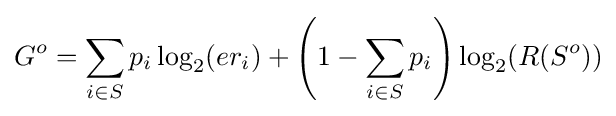
G^{o}=\sum _{i\in S}{p_{i}\log _{2}(er_{i})}+\left(1-\sum _{i\in S}{p_{i}}\right)\log _{2}(R(S^{o}))